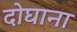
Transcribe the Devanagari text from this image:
दोघाना